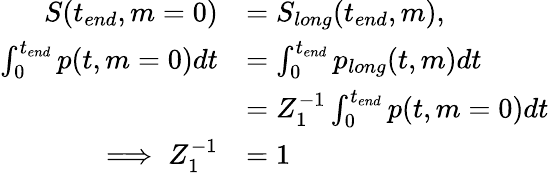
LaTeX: \begin{array}{rl}{S(t_{end},m=0)}&{=S_{long}(t_{end},m),}\\ {\int_{0}^{t_{end}}p(t,m=0)dt}&{=\int_{0}^{t_{end}}p_{long}(t,m)dt}\\ &{=Z_{1}^{-1}\int_{0}^{t_{end}}p(t,m=0)dt}\\ {\implies Z_{1}^{-1}}&{=1}\end{array}